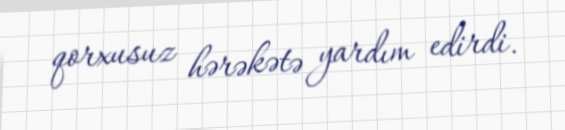
qorxusuz hərəkətə yardım edirdi.